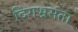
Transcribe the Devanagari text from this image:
दिगभ्रमता